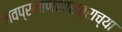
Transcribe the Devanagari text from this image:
नवप्रमाणशास्त्राच्या